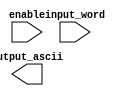
`timescale 1ns / 1ps
//////////////////////////////////////////////////////////////////////////////////
// Company: 
// Engineer: 
// 
// Design Name: 
// Module Name:    fib_interface 
// Project Name: 
// Target Devices: 
// Tool versions: 
// Description: 
//
// Dependencies: 
//
// Revision: 
// Revision 0.01 - File Created
// Additional Comments: 
//
//////////////////////////////////////////////////////////////////////////////////
module fib_interface(
    input [23:0] input_word,
    output [143:0] output_ascii,
    input enable
    );

	

endmodule